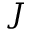
J